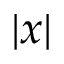
| x |